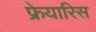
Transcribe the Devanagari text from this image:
फ्रेयारिस